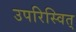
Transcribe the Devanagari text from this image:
उपरिस्वित्